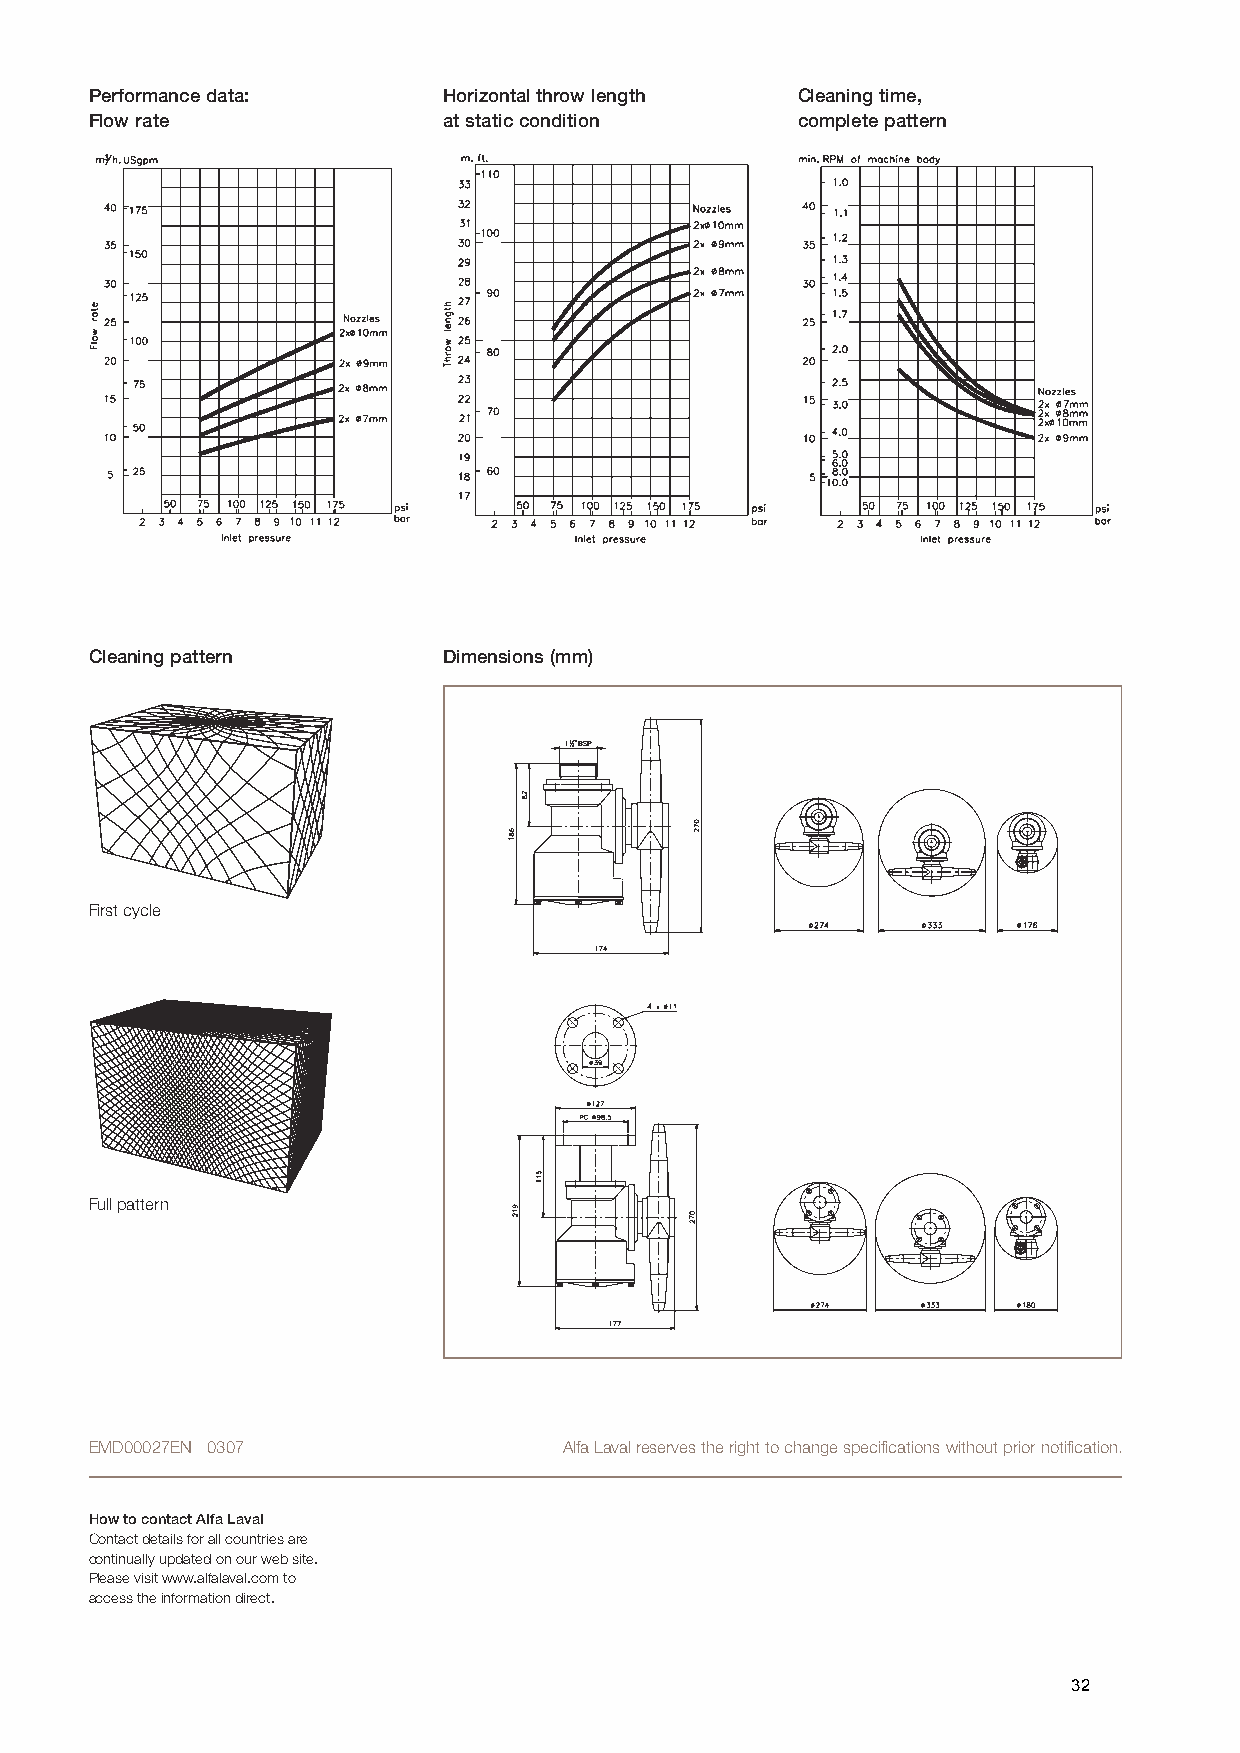
Performance data:      Horizontal throw length Cleaning time,
 Flow rate              at static condition     complete pattern
 Cleaning pattern       Dimensions (mm)
 First cycle
 Full pattern
 EMD00027EN 0307                Alfa Laval reserves the right to change specifications without prior notification.
 How to contact Alfa Laval
 Contact details for all countries are
 continually updated on our web site.
 Please visit www.alfalaval.com to
 access the information direct.
 32